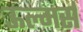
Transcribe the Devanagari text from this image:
ऊल्मर्स